Scottish Leaving Certificate Examination, 1951
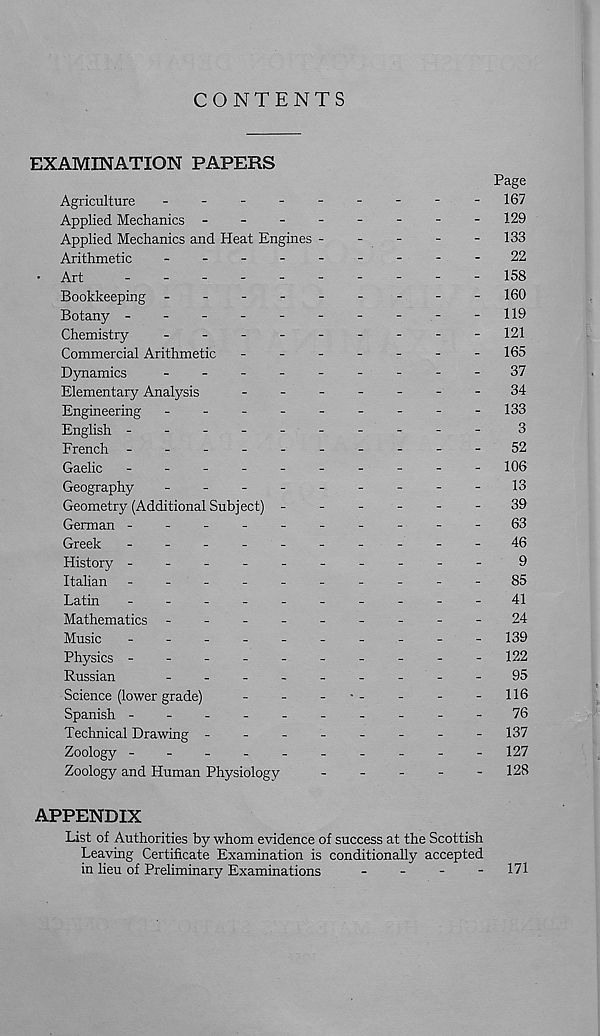
CONTENTS
EXAMINATION PAPERS
Page
Agriculture
-
-
-
-
-
-
-
-
-167
Applied Mechanics -
-
-
-
-
-
-
-129
Applied Mechanics and Heat Engines -
-
-
-
-
133
Arithmetic
-
--
--
--
--22
• Art
-
--
--
--
--
-
158
Bookkeeping -
-
-
-
-
-
-
-
-160
Botany -
-
-
-
-
-
-
-
-
-119
Chemistry
-
--
--
--
--
121
Commercial Arithmetic
-------
165
Dynamics
-
--
--
--
--37
Elementary Analysis
-
--
--
--34
Engineering
-
--
--
--
--
133
English ---------
-
3
French -
--
--
--
--
-52
Gaelic
-
--
--
--
--
-
106
Geography
-
--
--
--
--13
Geometry (Additional Subject) ------
39
German ----------63
Greek
-
--
--
--
--
-46
History ---------
-
9
Italian -
--
--
--
--
-85
Latin
-
--
--
--
--
-41
Mathematics -
--
--
--
--24
Music
-
--
--
--
--
-
139
Physics ---------
-
122
Russian
-
--
--
--
--
95
Science (lower grade)
-
-
-
•-
-
-
-116
Spanish ----------76
Technical Drawing -------
-
137
Zoology ---------
-
127
Zoology and Human Physiology
-
-
-
-
-
128
APPENDIX
List of Authorities by whom evidence of success at the Scottish
Leaving Certificate Examination is conditionally accepted
in lieu of Preliminary Examinations
-
-
-
-
171